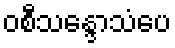
ဝစီသန္ဒောသံပေ